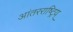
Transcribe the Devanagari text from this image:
आंतरराष्ट्रिय्